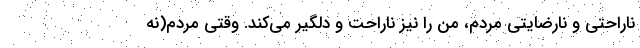
ناراحتی و نارضایتی مردم، من را نیز ناراحت و دلگیر می‌کند. وقتی مردم(نه